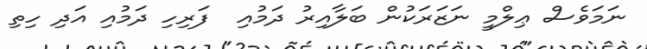
ނަމަވެސް ޢިލްމީ ނަޒަރަކުން ބަލާއިރު ދަމުއި  ފަރިހި ދަމުއި އަދި ހިތި